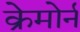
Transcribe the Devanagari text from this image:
क्रेमोर्न